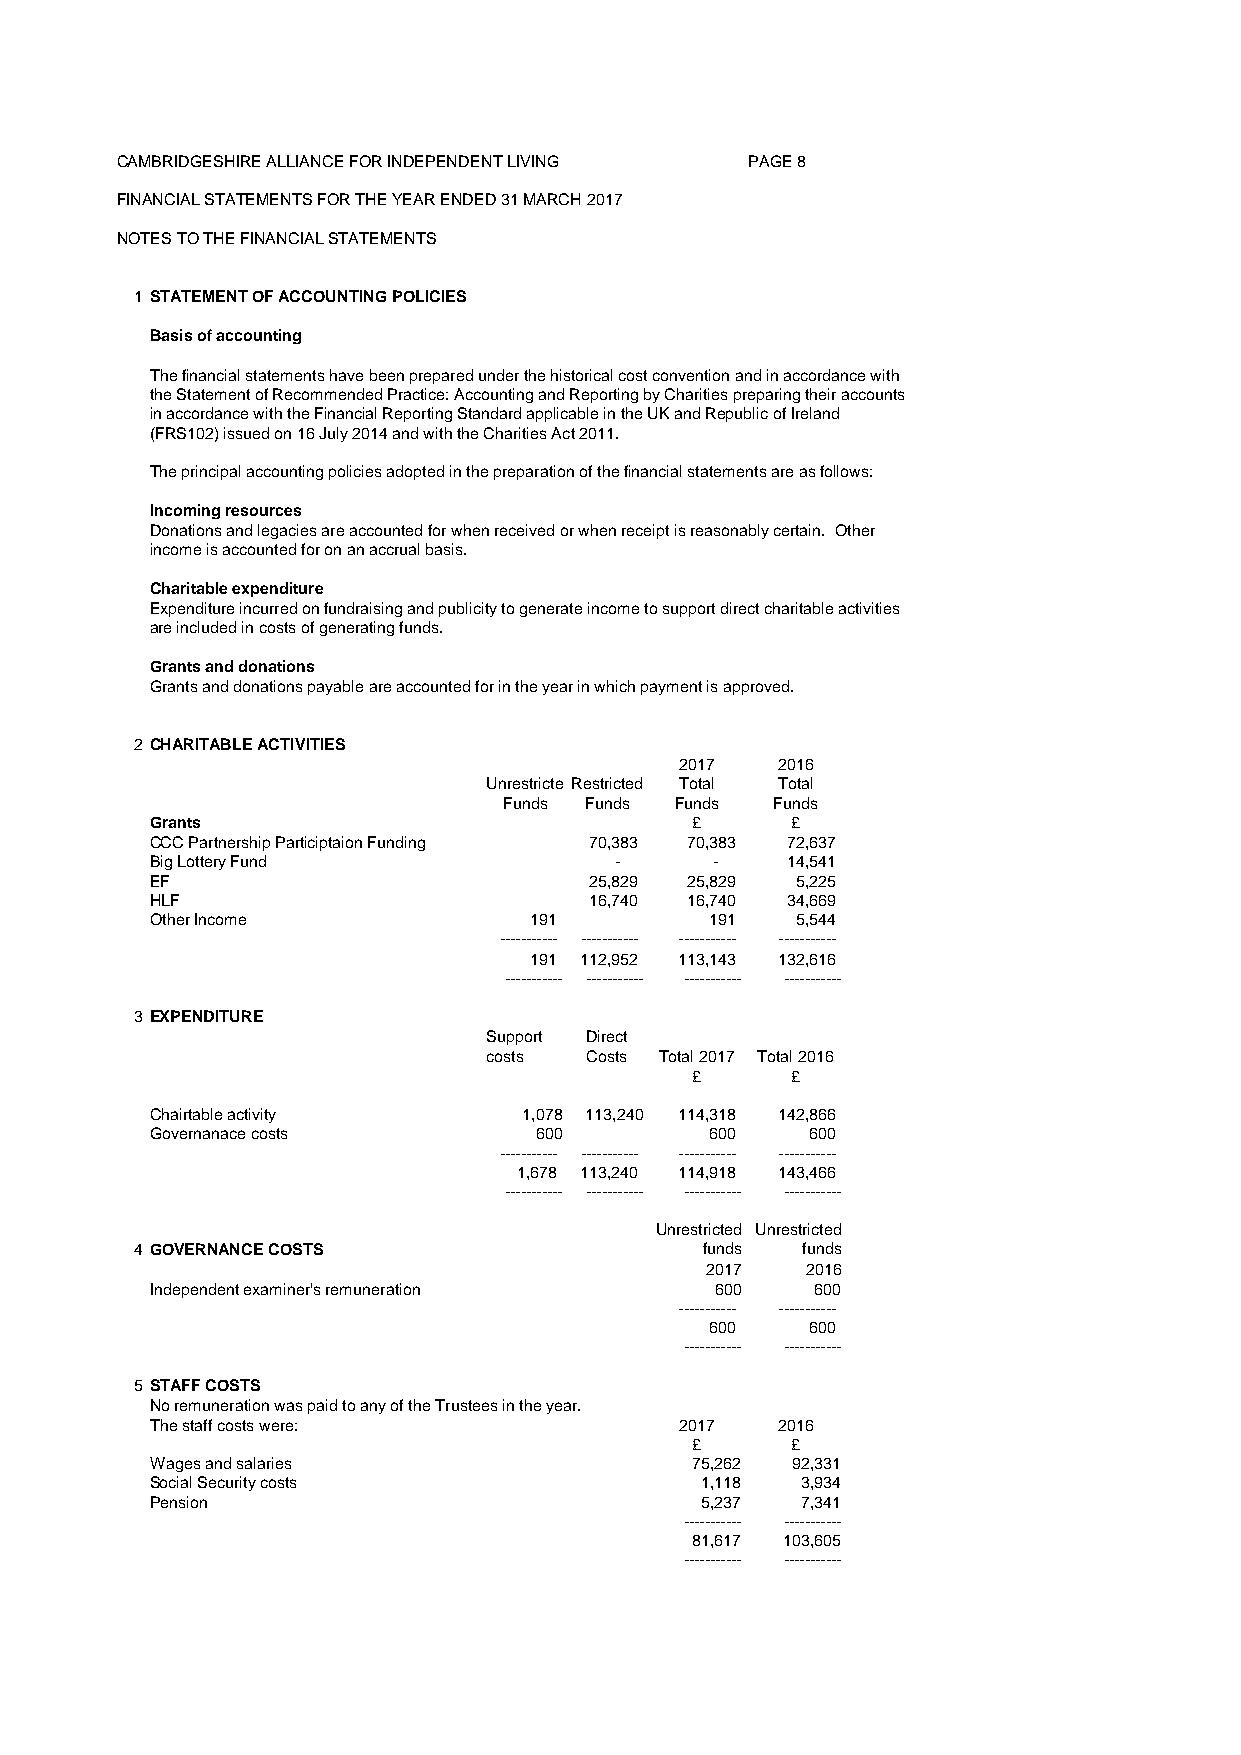
CAMBRIDGESHIRE ALLIANCE FOR INDEPENDENT LIVING PAGE 8
 FINANCIAL STATEMENTS FOR THE YEAR ENDED 31 MARCH 2017
 NOTES TO THE FINANCIAL STATEMENTS
 1 STATEMENT OF ACCOUNTING POLICIES
 Basis of accounting
 The financial statements have been prepared under the historical cost convention and in accordance with
 the Statement of Recommended Practice: Accounting and Reporting by Charities preparing their accounts
 in accordance with the Financial Reporting Standard applicable in the UK and Republic of Ireland
 (FRS102) issued on 16 July 2014 and with the Charities Act 2011.
 The principal accounting policies adopted in the preparation of the financial statements are as follows:
 Incoming resources
 Donations and legacies are accounted for when received or when receipt is reasonably certain. Other
 income is accounted for on an accrual basis.
 Charitable expenditure
 Expenditure incurred on fundraising and publicity to generate income to support direct charitable activities
 are included in costs of generating funds.
 Grants and donations
 Grants and donations payable are accounted for in the year in which payment is approved.
 2 CHARITABLE ACTIVITIES
 2017  2016
 UnrestrictedRestricted Total Total
 Funds Funds Funds Funds
 Grants                              £     £
 CCC Partnership Participtaion Funding 70,383 7 0,383 72,637
 Big Lottery Fund               -     -    14,541
 EF                           25,829 2 5,829 5,225
 HLF                          16,740 1 6,740 34,669
 Other Income             191         1 91  5,544
 ----------- ----------- ----------- -----------
 191 112,952 1 13,143 132,616
 ----------- ----------- ----------- -----------
 3 EXPENDITURE
 Support Direct
 costs  Costs Total 2017 Total 2016
 £     £
 Chairtable activity      1,078 113,240 1 14,318 142,866
 Governanace costs        600         6 00   600
 ----------- ----------- ----------- -----------
 1,678 113,240 1 14,918 143,466
 ----------- ----------- ----------- -----------
 Unrestricted Unrestricted
 4 GOVERNANCE COSTS                   funds  funds
 2017  2016
 Independent examiner's remuneration  600    600
 ----------- -----------
 6 00   600
 ----------- -----------
 5 STAFF COSTS
 No remuneration was paid to any of the Trustees in the year.
 The staff costs were:              2017  2016
 £     £
 Wages and salaries                  75,262 92,331
 Social Security costs               1,118  3,934
 Pension                             5,237  7,341
 ----------- -----------
 81,617 103,605
 ----------- -----------